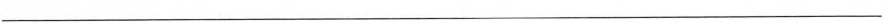
___